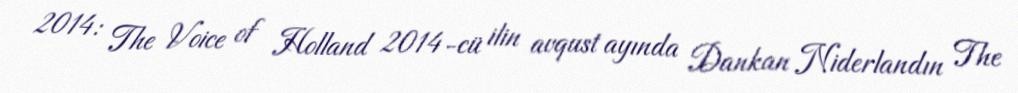
2014: The Voice of Holland 2014-cü ilin avqust ayında Dankan Niderlandın The